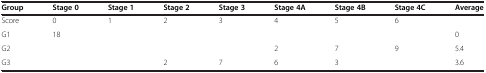
<table><thead><tr><td><b>Group</b></td><td><b>Stage 0</b></td><td><b>Stage 1</b></td><td><b>Stage 2</b></td><td><b>Stage 3</b></td><td><b>Stage 4A</b></td><td><b>Stage 4B</b></td><td><b>Stage 4C</b></td><td><b>Average</b></td></tr></thead><tbody><tr><td>Score</td><td>0</td><td>1</td><td>2</td><td>3</td><td>4</td><td>5</td><td>6</td><td>[EMPTY_CELL]</td></tr><tr><td>G1</td><td>18</td><td>[EMPTY_CELL]</td><td>[EMPTY_CELL]</td><td>[EMPTY_CELL]</td><td>[EMPTY_CELL]</td><td>[EMPTY_CELL]</td><td>[EMPTY_CELL]</td><td>0</td></tr><tr><td>G2</td><td>[EMPTY_CELL]</td><td>[EMPTY_CELL]</td><td>[EMPTY_CELL]</td><td>[EMPTY_CELL]</td><td>2</td><td>7</td><td>9</td><td>5.4</td></tr><tr><td>G3</td><td>[EMPTY_CELL]</td><td>[EMPTY_CELL]</td><td>2</td><td>7</td><td>6</td><td>3</td><td>[EMPTY_CELL]</td><td>3.6</td></tr></tbody></table>